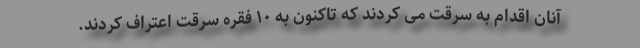
آنان اقدام به سرقت می کردند که تاکنون به ۱۰ فقره سرقت اعتراف کردند.